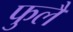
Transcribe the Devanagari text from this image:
फुलै